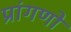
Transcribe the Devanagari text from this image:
प्रांगणों